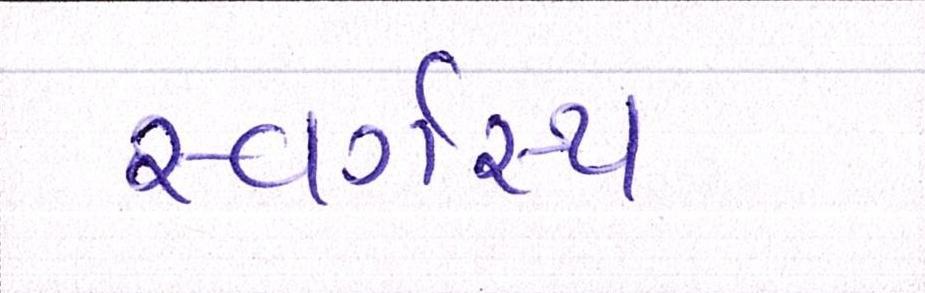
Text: સ્વર્ગસ્થ